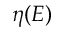
\eta ( E )